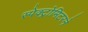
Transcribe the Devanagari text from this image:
स्पेक्ट्रोमिटरने